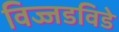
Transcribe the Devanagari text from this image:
विज्जडविडे